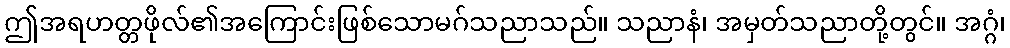
ဤအရဟတ္တဖိုလ်၏အကြောင်းဖြစ်သောမဂ်သညာသည်။ သညာနံ၊ အမှတ်သညာတို့တွင်။ အဂ္ဂံ၊